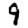
Digit: 9